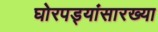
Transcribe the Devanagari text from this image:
घोरपड्यांसारख्या